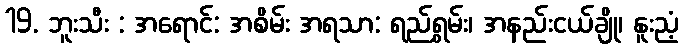
19. ဘူးသီး : အရောင်: အစိမ်း အရသာ: ရည်ရွှမ်း၊ အနည်းငယ်ချို၊ နူးညံ့